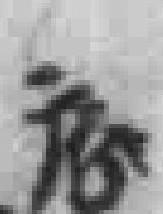
*